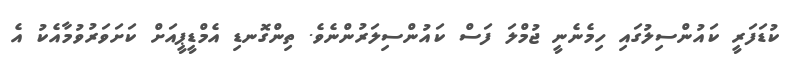
ކުޑަފަރީ ކައުންސިލުގައި ހިމެނެނީ ޖުމްލަ ފަސް ކައުންސިލަރުންނެވެ. ތިންގޮނޑި އެމްޑީޕީއަށް ކަށަވަރުވުމާއެކު އެ